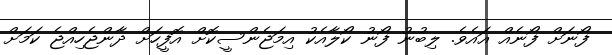
ފޯނަށް ފޯނެއް އައެވެ. ލިބުނު ފޯނު ކޯލާއެކު އިމަޖެންސީކޮށް އޮފީހަށް ދާންޖެހިއްޖެ ކަމަށް